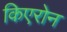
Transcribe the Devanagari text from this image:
किएरोन